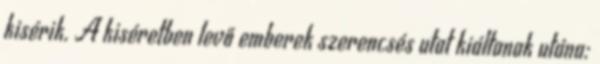
kisérik. A kiséretben levő emberek szerencsés utat kiáltanak utána: